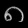
Digit: ၈